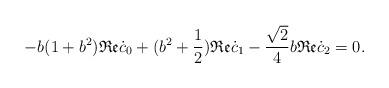
LaTeX: \begin{align*}-b(1+b^2) \mathfrak{Re} \dot{c}_0 +(b^2+\frac12)\mathfrak{Re} \dot{c}_1-\frac{\sqrt{2}}4b\mathfrak{Re} \dot{c}_2=0.\end{align*}